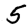
Digit: 5